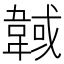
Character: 𩎹